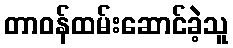
တာဝန်ထမ်းဆောင်ခဲ့သူ